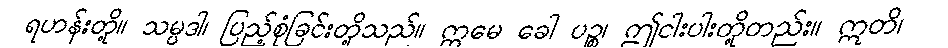
ရဟန်းတို့။ သမ္ပဒါ၊ ပြည့်စုံခြင်းတို့သည်။ ဣမေ ခေါ ပဉ္စ၊ ဤငါးပါးတို့တည်း။ ဣတိ၊